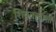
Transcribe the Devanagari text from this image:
शिवतत्त्वाशी